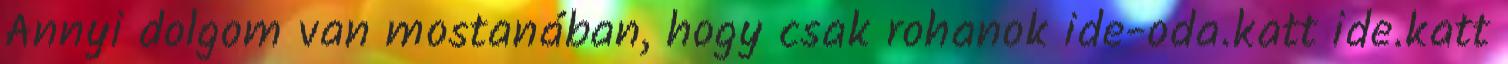
Annyi dolgom van mostanában, hogy csak rohanok ide-oda.katt ide.katt